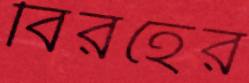
বিরহের